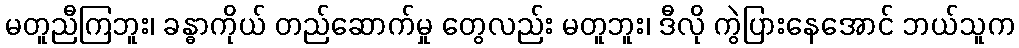
မတူညီကြဘူး၊ ခန္ဓာကိုယ် တည်ဆောက်မှု တွေလည်း မတူဘူး၊ ဒီလို ကွဲပြားနေအောင် ဘယ်သူက